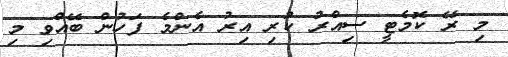
މި ރޭ ކޮމެޓީ ސިއްރު ކުރި އިރު އެންމެ ފަހުން ބޭއްވި މި